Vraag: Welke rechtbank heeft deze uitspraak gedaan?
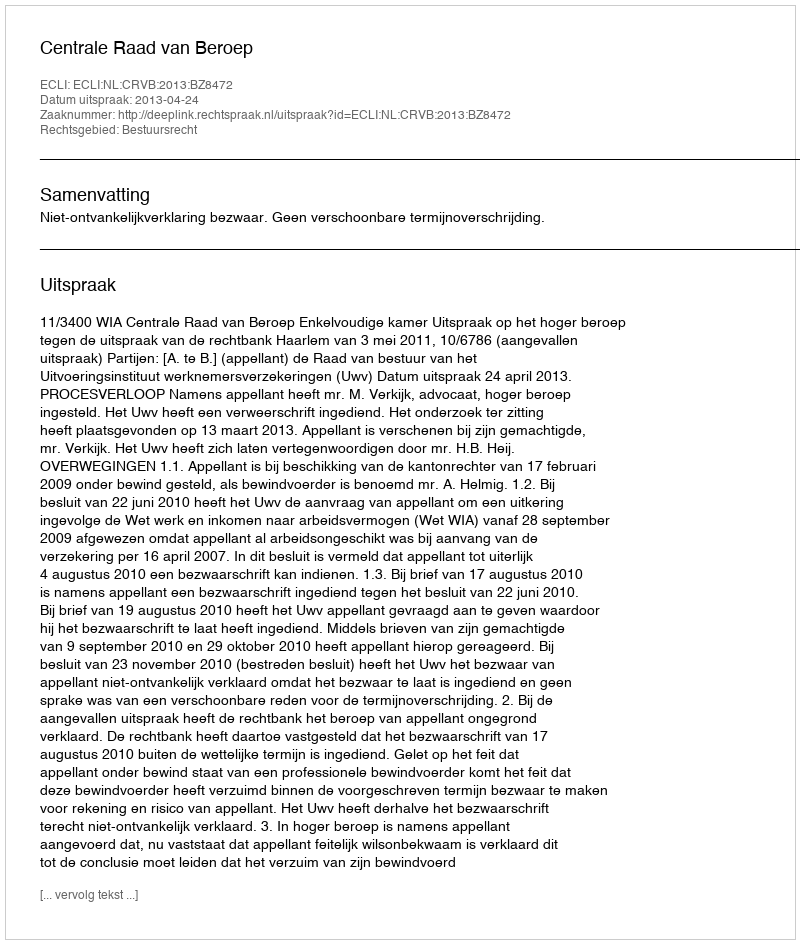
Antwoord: Centrale Raad van Beroep